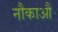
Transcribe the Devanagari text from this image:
नौकाआैं